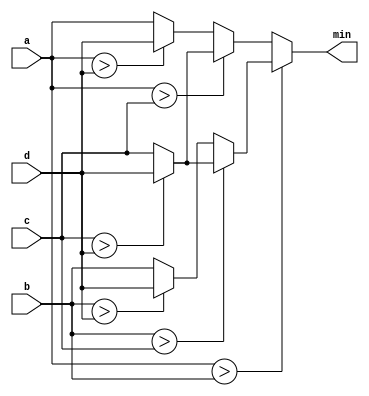
module top_module (
    input [7:0] a, b, c, d,
    output [7:0] min);//

    // assign intermediate_result1 = compare? true: false;
    assign min = (a>b)? ((b>c)?(c>d?d:c):(b>d?d:b)):(a>c)?(c>d?d:c):(a>d?d:a);
endmodule